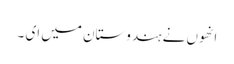
انھوں نے ہندوستان میں ای ۔